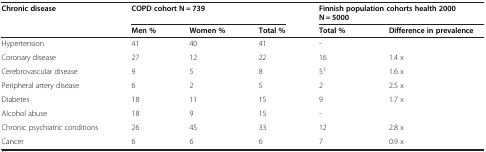
<table><thead><tr><td><b>Chronic disease</b></td><td colspan="3"><b>COPD cohort N = 739</b></td><td colspan="2"><b>Finnish population cohorts health 2000N = 5000</b></td></tr><tr><td><b> </b></td><td><b>Men %</b></td><td><b>Women %</b></td><td><b>Total %</b></td><td><b>Total %</b></td><td><b>Difference in prevalence</b></td></tr></thead><tbody><tr><td>Hypertension</td><td>41</td><td>40</td><td>41</td><td>-</td><td> </td></tr><tr><td>Coronary disease</td><td>27</td><td>12</td><td>22</td><td>16</td><td>1.4 x</td></tr><tr><td>Cerebrovascular disease</td><td>9</td><td>5</td><td>8</td><td>5<sup>1</sup></td><td>1.6 x</td></tr><tr><td>Peripheral artery disease</td><td>6</td><td>2</td><td>5</td><td>2</td><td>2.5 x</td></tr><tr><td>Diabetes</td><td>18</td><td>11</td><td>15</td><td>9</td><td>1.7 x</td></tr><tr><td>Alcohol abuse</td><td>18</td><td>9</td><td>15</td><td>-</td><td> </td></tr><tr><td>Chronic psychiatric conditions</td><td>26</td><td>45</td><td>33</td><td>12</td><td>2.8 x</td></tr><tr><td>Cancer</td><td>6</td><td>6</td><td>6</td><td>7</td><td>0.9 x</td></tr></tbody></table>